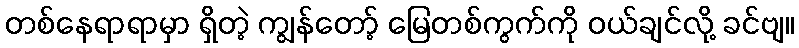
တစ်နေရာရာမှာ ရှိတဲ့ ကျွန်တော့် မြေတစ်ကွက်ကို ဝယ်ချင်လို့ ခင်ဗျ။